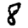
Digit: 8